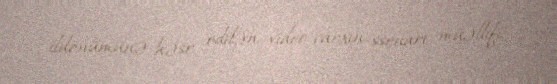
ildönümünə həsr edilən video-çarxın ssenari müəllifi.